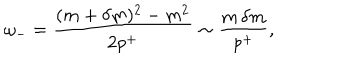
\omega _ { - } = \frac { ( m + \delta m ) ^ { 2 } - m ^ { 2 } } { 2 p ^ { + } } \sim \frac { m \, \delta m } { p ^ { + } } ,